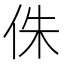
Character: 侏